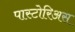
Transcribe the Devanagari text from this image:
पास्टोरिअस